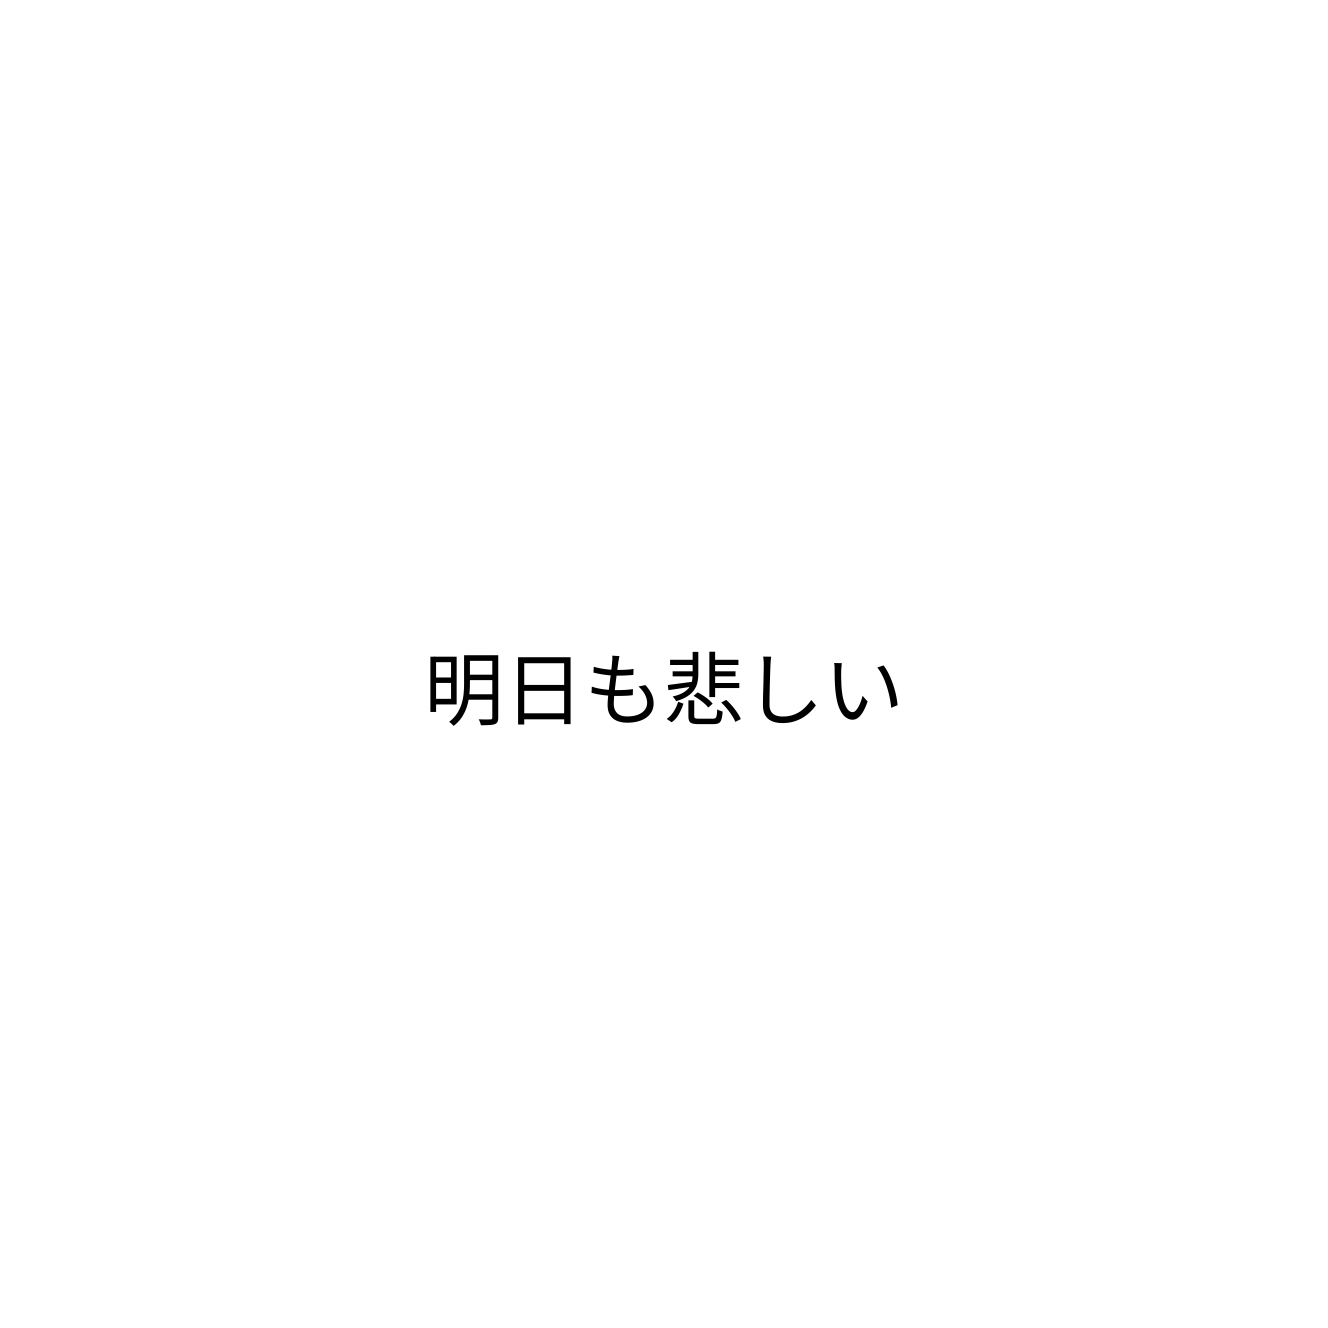
明日も悲しい